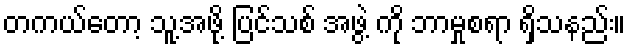
တကယ်တော့ သူ့အဖို့ ပြင်သစ် အဖွဲ့ ကို ဘာမှုစရာ ရှိသနည်း။